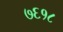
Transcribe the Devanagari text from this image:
७६१८